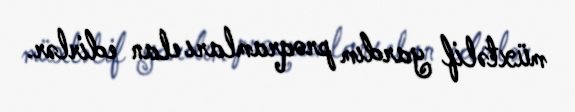
müxtəlif yardım proqramları elan edirlər.